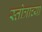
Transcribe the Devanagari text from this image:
स्तोत्राच्या